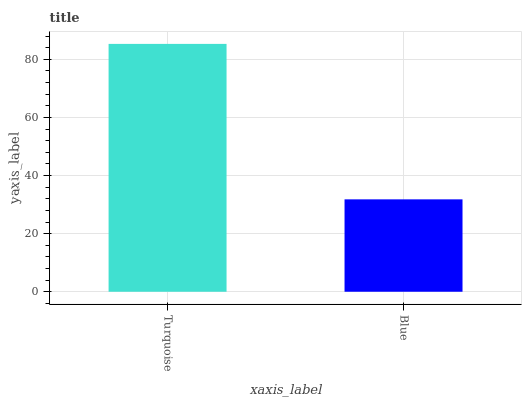
| xaxis_label | bars |
 | --- | --- |
 | Turquoise | 85.3 |
 | Blue | 31.8 |